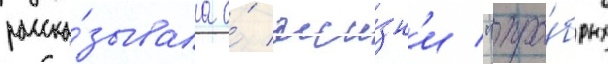
расска́зывала о́ жи́зн'и "хра́брых